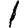
Digit: 1